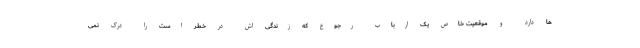
ها دارد و موقعیت خاص یک ارباب رجوع که زندگی اش در خطر است را درک نمی